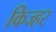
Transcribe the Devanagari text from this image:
किज्हर